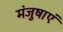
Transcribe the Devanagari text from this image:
मंजुषाएं